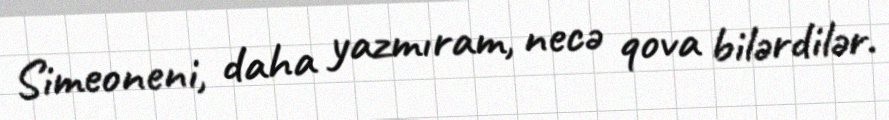
Simeoneni, daha yazmıram, necə qova bilərdilər.